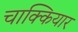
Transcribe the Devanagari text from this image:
चाक्कियार